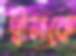
দ্বীনাকে